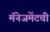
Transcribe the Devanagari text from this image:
मॅनेजमेंटची